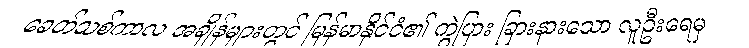
ခေတ်သစ်ကာလ အချိန်များတွင် မြန်မာနိုင်ငံ၏ ကွဲပြား ခြားနားသော လူဦးရေမှ